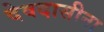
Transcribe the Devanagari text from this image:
देवदासीना